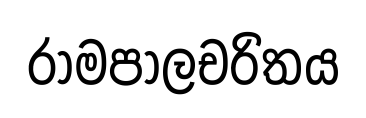
රාමපාලචරිතය